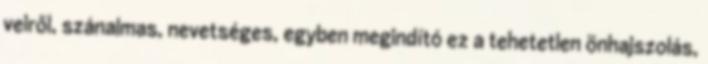
veiről, szánalmas, nevetséges, egyben megindító ez a tehetetlen önhajszolás,